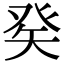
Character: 𤼩